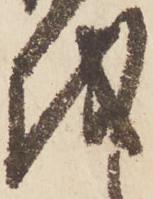
越